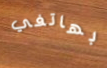
بهاتفي